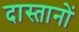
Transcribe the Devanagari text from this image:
दास्तानों